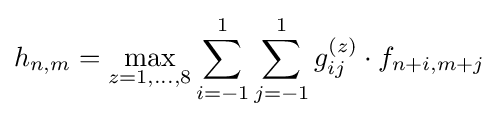
h_{n,m}=\max _{z=1,\dots ,8}\sum _{i=-1}^{1}\sum _{j=-1}^{1}g_{ij}^{(z)}\cdot f_{n+i,m+j}